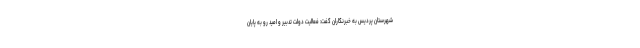
شهرستان پردیس به خبرنگاران گفت: فعالیت دولت تدبیر و امید رو به پایان